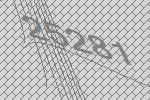
25281